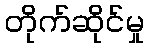
တိုက်ဆိုင်မှု